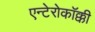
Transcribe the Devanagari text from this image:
एन्टेरोकॉक्की